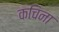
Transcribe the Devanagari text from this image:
कचिना